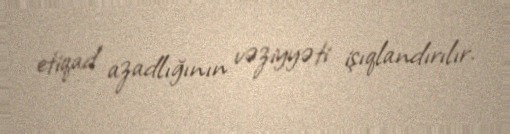
etiqad azadlığının vəziyyəti işıqlandırılır.